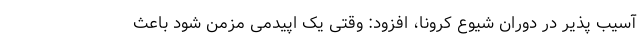
آسیب پذیر در دوران شیوع کرونا، افزود: وقتی یک اپیدمی مزمن شود باعث